Lunatic asylums Central Provinces reports 1874-1885 - 1874-1885
Year: 1874
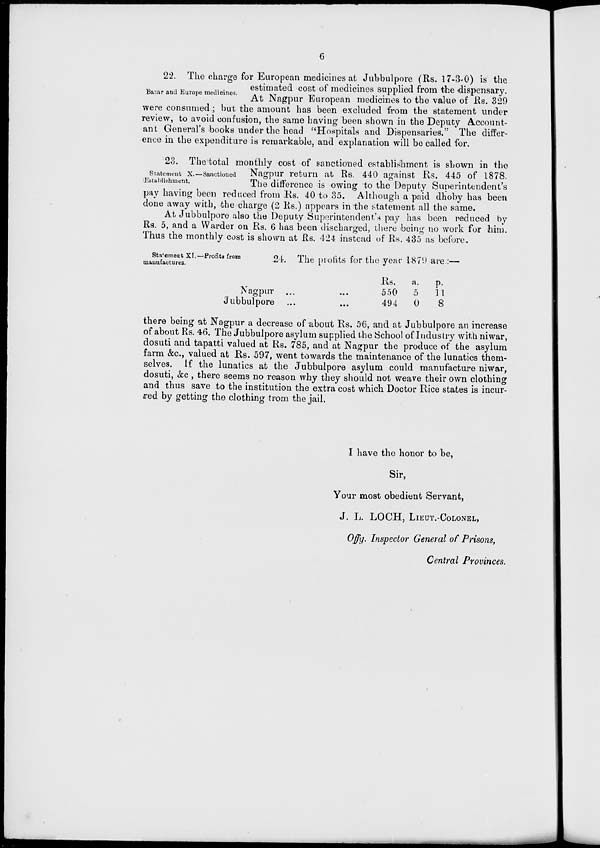
6
Bazar and Europe medicines.
22. The charge for European medicines at Jubbulpore (Rs. 17-3-0) is the
estimated cost of medicines supplied from the dispensary.
At Nagpur European medicines to the value of Rs. 329
were consumed ; but the amount has been excluded from the statement under
review, to avoid confusion, the same having been shown in the Deputy Account-
ant General's books under the head "Hospitals and Dispensaries." The differ-
ence in the expenditure is remarkable, and explanation will be called for.
Statement X. — Sanctioned
Establishment.
23. The total monthly cost of sanctioned establishment is shown in the
Nagpur return at Rs. 440 against Rs. 445 of 1878.
The difference is owing to the Deputy Superintendent's
pay having been reduced from Rs. 40 to 35. Although a paid dhoby has been
done away with, the charge (2 Rs.) appears in the statement all the same.
At Jubbulpore also the Deputy Superintendent's pay has been reduced by
Rs. 5, and a Warder on Rs. 6 has been discharged, there being no work for him.
Thus the monthly cost is shown at Rs. 424 instead of Rs. 435 as before.
Statement XI.—Profits from
manufactures.
24. The profits for the year 1879 are.:—
Nagpur ...
...
Jubbulpore
...
...
Rs.
550
494
a.
5
0
p.
11
8
there being at Nagpur a decrease of about Rs. 56, and at Jubbulpore an increase
of about Rs. 46. The Jubbulpore asylum supplied the School of Industry with niwar,
dosuti and tapatti valued at Rs. 785, and at Nagpur the produce of the asylum
farm &c., valued at Rs. 597, went towards the maintenance of the lunatics them-
selves. If the lunatics at the Jubbulpore asylum could manufacture niwar,
dosuti, &c., there seems no reason why they should not weave their own clothing
and thus save to the institution the extra cost which Doctor Rice states is incur-
red by getting the clothing from the jail.
I have the honor to be,
Sir,
Your most obedient Servant,
J. L. LOCH, LIEUT.-COLONEL,
Offg. Inspector General of Prisons,
Central Provinces.